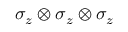
\sigma _ { z } \otimes \sigma _ { z } \otimes \sigma _ { z }